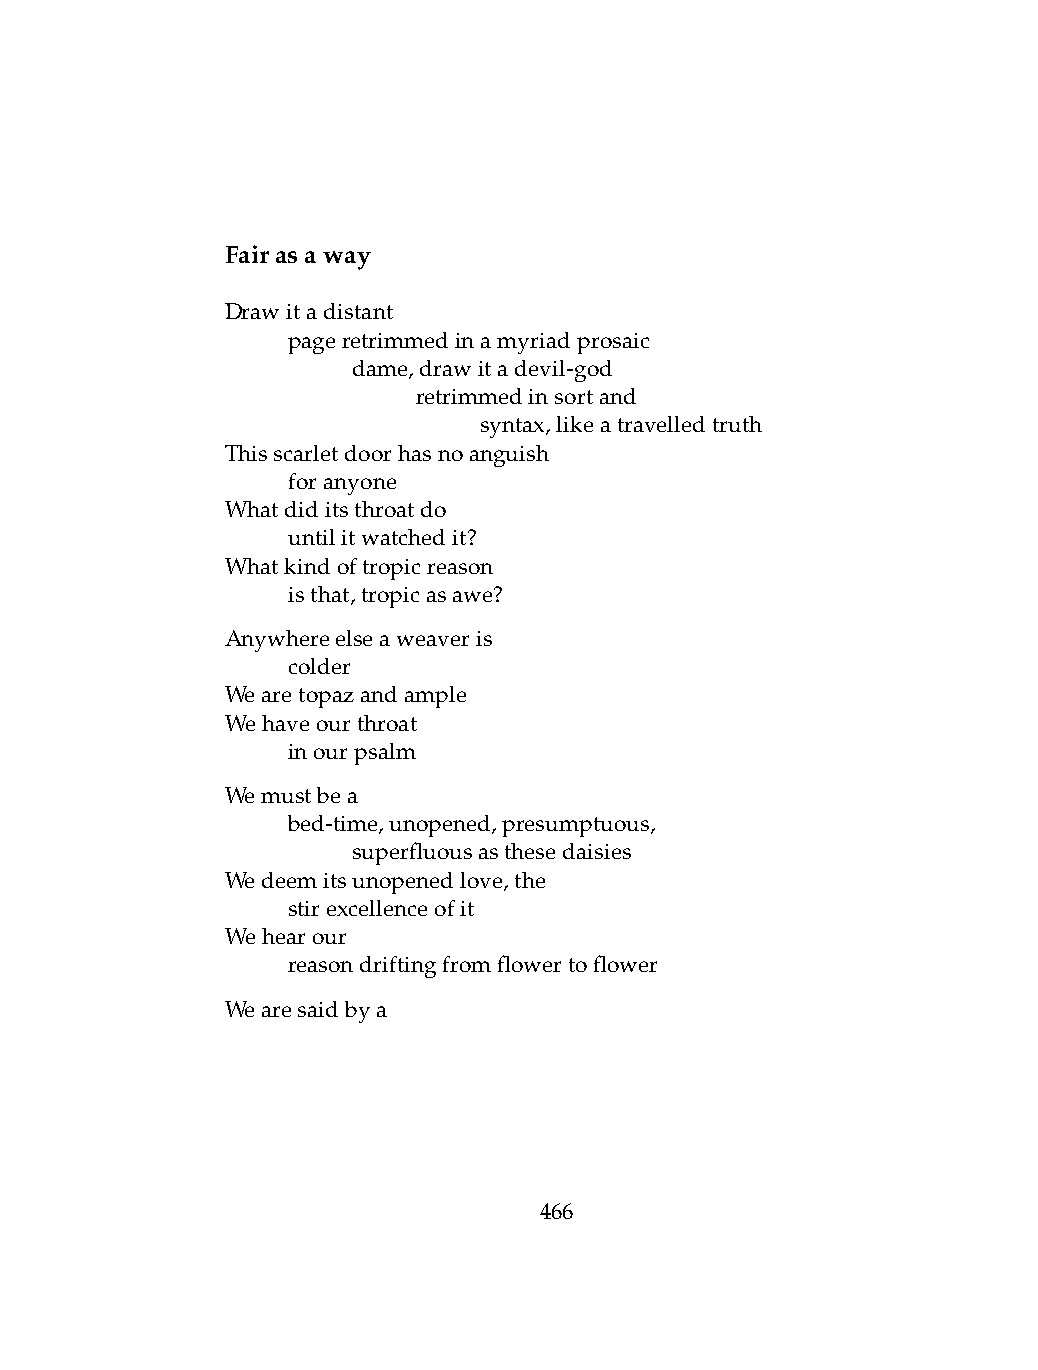
Fairasaway
 Drawitadistant
 .   pageretrimmedinamyriadprosaic
 .   .   dame,drawitadevil-god
 .   .   .    retrimmedinsortand
 .   .   .    .   syntax,likeatravelledtruth
 Thisscarletdoorhasnoanguish
 .   foranyone
 Whatdiditsthroatdo
 .   untilitwatchedit?
 Whatkindoftropicreason
 .   isthat,tropicasawe?
 Anywhereelseaweaveris
 .   colder
 Wearetopazandample
 Wehaveourthroat
 .   inourpsalm
 Wemustbea
 .   bed-time,unopened,presumptuous,
 .   .   superfluousasthesedaisies
 Wedeemitsunopenedlove,the
 .   stirexcellenceofit
 Wehearour
 .   reasondriftingfromflowertoflower
 Wearesaidbya
 466